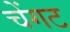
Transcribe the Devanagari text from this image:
चेंगट